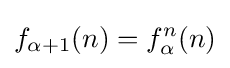
f_{\alpha +1}(n)=f_{\alpha }^{n}(n)